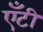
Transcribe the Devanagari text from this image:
एँटी